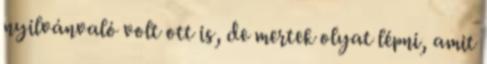
nyilvánvaló volt ott is, de mertek olyat lépni, amit